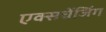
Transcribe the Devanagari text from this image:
एक्सचेंजिंग